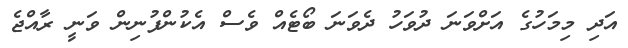
އަދި މިމަހުގެ އަށްވަނަ ދުވަހު ދެވަނަ ބޯޓެއް ވެސް އެކުންފުނިން ވަނީ ރާއްޖެ